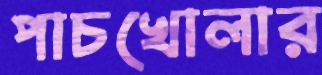
পাচখোলার